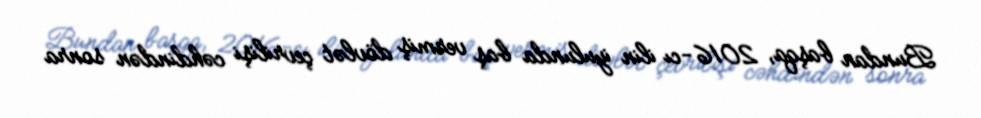
Bundan başqa, 2016-cı ilin iyulunda baş vermiş dövlət çevrilişi cəhdindən sonra